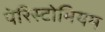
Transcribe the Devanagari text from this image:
पेरिस्टोमियम